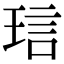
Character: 琂